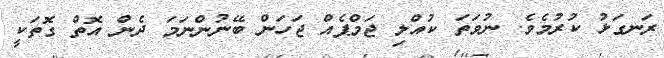
ރަނގަޅު ކުރުމެވެ. ނުވަތަ ކުއްލި ޖަމްޕެއް ޖަހަން ބޭނުންނަމަ ދެން އޮތް ގޮތަކީ